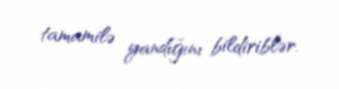
tamamilə yandığını bildiriblər.